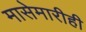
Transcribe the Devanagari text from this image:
मासेमारीही